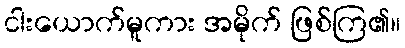
ငါးယောက်မူကား အမိုက် ဖြစ်ကြ၏။